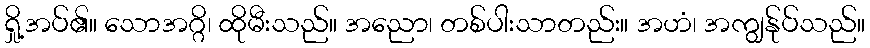
ရှို့အပ်၏။ သောအဂ္ဂိ၊ ထိုမီးသည်။ အညော၊ တစ်ပါးသာတည်း။ အဟံ၊ အကျွန်ုပ်သည်။